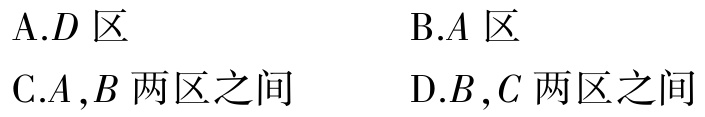
A.D 区

B.A 区

C.A ,B 两区之间

D.B ,C 两区之间